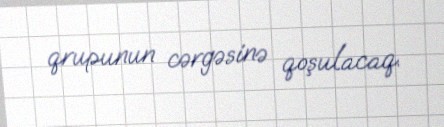
qrupunun cərgəsinə qoşulacaq.